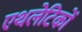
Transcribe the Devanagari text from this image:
एथलेटिकों